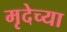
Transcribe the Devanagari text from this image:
मृदेच्या